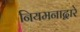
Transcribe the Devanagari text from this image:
नियमनाद्वारे